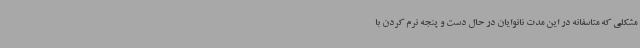
مشکلی که متاسفانه در این مدت نانوایان در حال دست و پنجه نرم کردن با